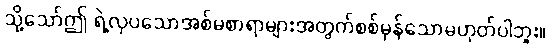
သို့သော်ဤ ရဲ့လှပသောအစ်မစာရာများအတွက်စစ်မှန်သောမဟုတ်ပါဘူး။